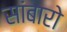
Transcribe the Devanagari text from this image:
सांबारो